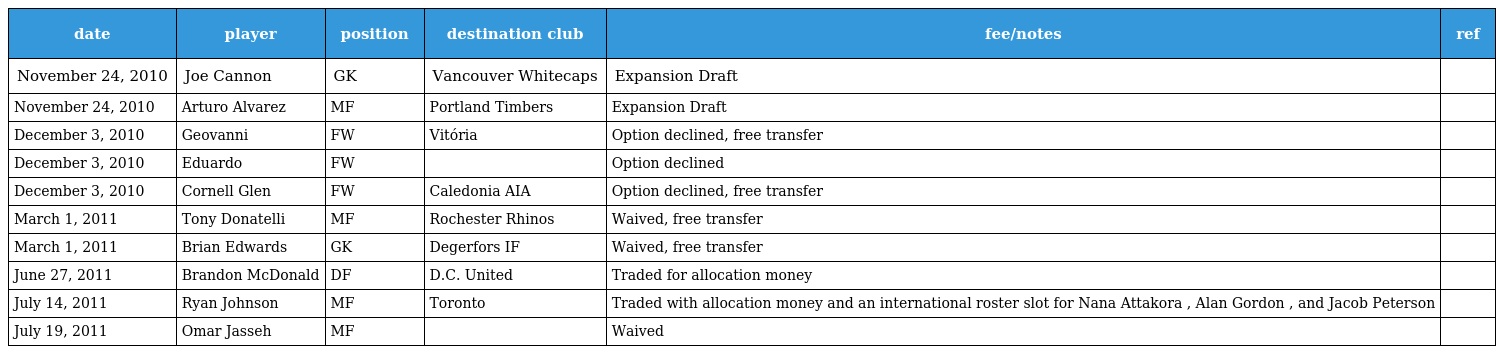
| date | player | position | destination club | fee/notes | ref |
 | --- | --- | --- | --- | --- | --- |
 | November 24, 2010 | Joe Cannon | GK | Vancouver Whitecaps | Expansion Draft |  |
 | November 24, 2010 | Arturo Alvarez | MF | Portland Timbers | Expansion Draft |  |
 | December 3, 2010 | Geovanni | FW | Vitória | Option declined, free transfer |  |
 | December 3, 2010 | Eduardo | FW |  | Option declined |  |
 | December 3, 2010 | Cornell Glen | FW | Caledonia AIA | Option declined, free transfer |  |
 | March 1, 2011 | Tony Donatelli | MF | Rochester Rhinos | Waived, free transfer |  |
 | March 1, 2011 | Brian Edwards | GK | Degerfors IF | Waived, free transfer |  |
 | June 27, 2011 | Brandon McDonald | DF | D.C. United | Traded for allocation money |  |
 | July 14, 2011 | Ryan Johnson | MF | Toronto | Traded with allocation money and an international roster slot for Nana Attakora , Alan Gordon , and Jacob Peterson |  |
 | July 19, 2011 | Omar Jasseh | MF |  | Waived |  |